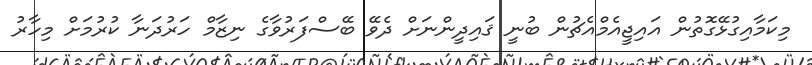
މިކަމާއިގުޅޭގޮތުން އައިޖީއެމްއެޗުން ބުނީ ޤައިދީންނަށް ދެވޭ ބޭސްފަރުވާގެ ނިޒާމް ހަރުދަނާ ކުރުމަށް މިހާރު